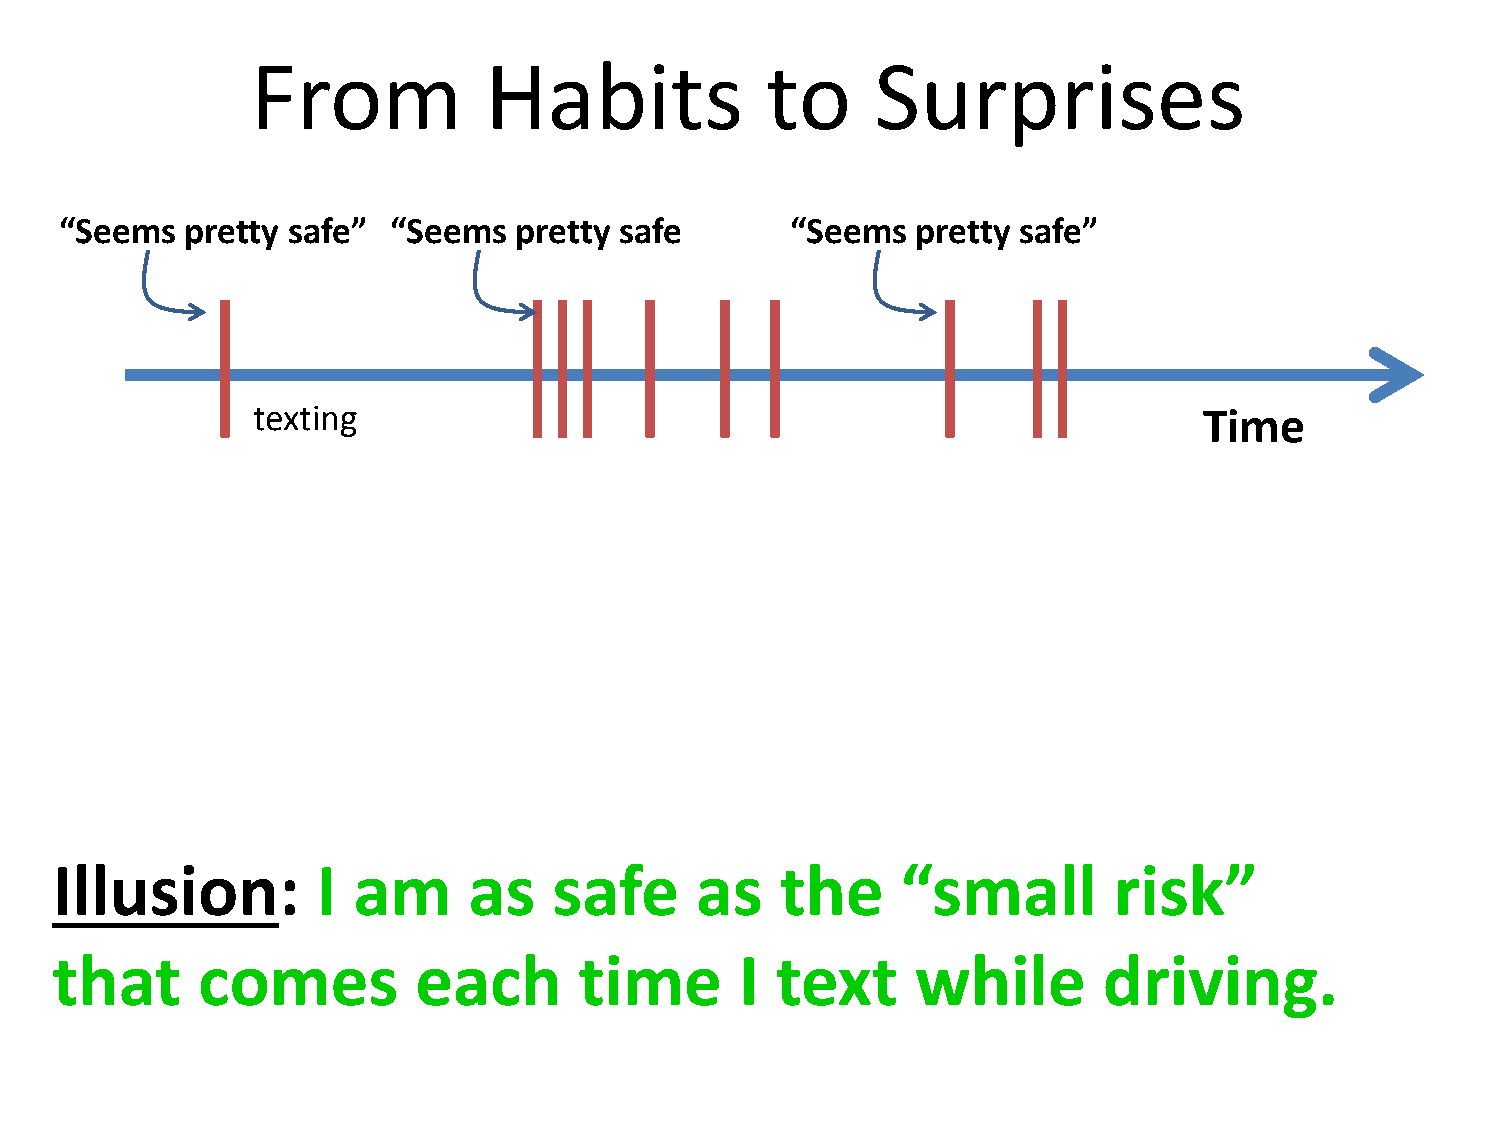
From           Habits             to     Surprises
 “Seems  pretty safe”  “Seems  pretty safe       “Seems   pretty safe”
 texting                                                        Time
 Illusion:         I am      as    safe     as    the     “small        risk”
 that      comes          each      time       I text      while       driving.